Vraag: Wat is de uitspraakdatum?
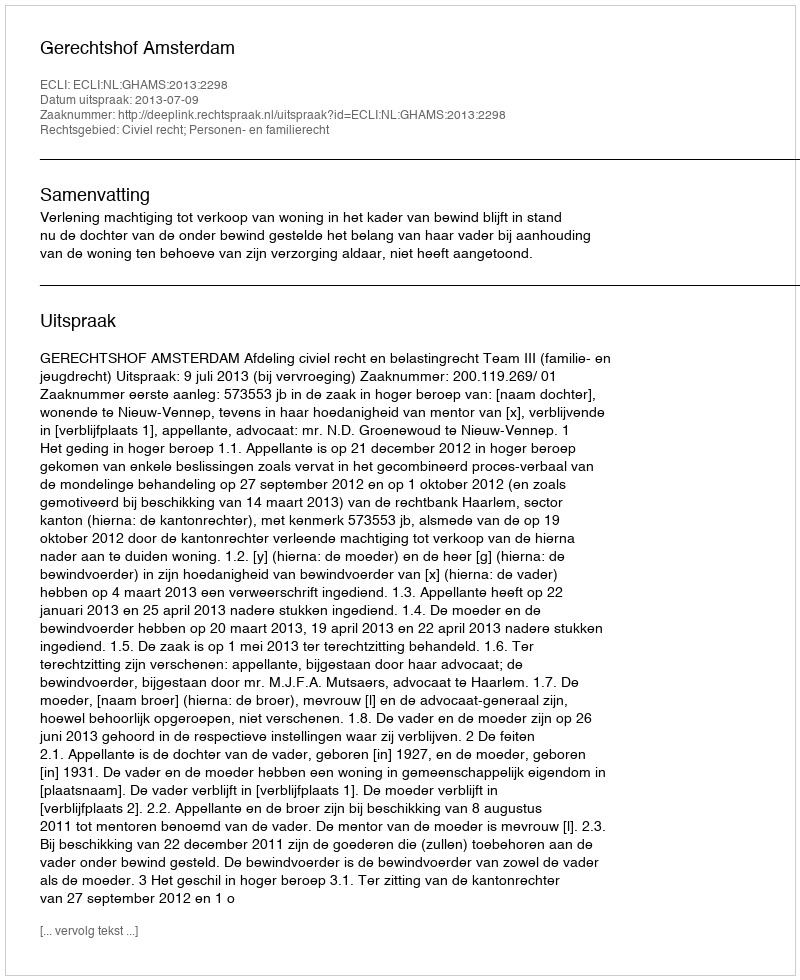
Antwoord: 2013-07-09